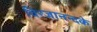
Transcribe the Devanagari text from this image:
विरजानन्दके